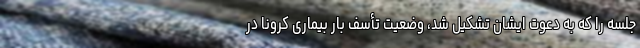
جلسه را که به دعوت ایشان تشکیل شد، وضعیت تأسف بار بیماری کرونا در